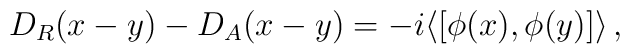
D_R(x-y)-D_A(x-y) = -i\langle [\phi(x),\phi(y)] \rangle\, ,